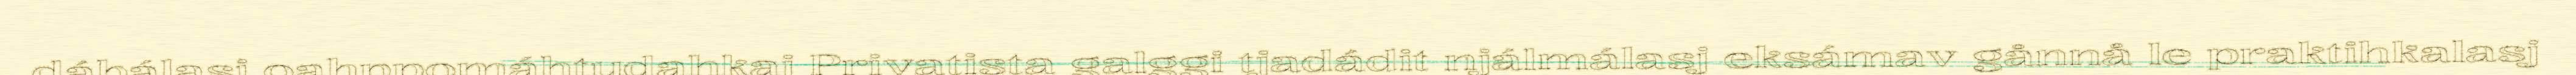
dábálasj oahppomáhtudahkaj Privatista galggi tjadádit njálmálasj eksámav gånnå le praktihkalasj